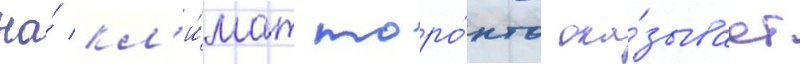
На́ кл'и́мат торо́нто ока́зывает